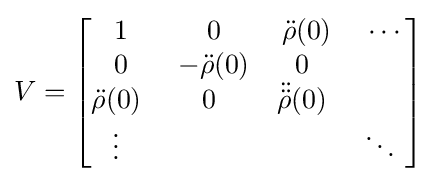
V={\begin{bmatrix}1&0&{\ddot {\rho }}(0)&\cdots \\0&-{\ddot {\rho }}(0)&0\ &\ \\{\ddot {\rho }}(0)\ &0\ &{\ddot {\ddot {\rho }}}(0)\ &\ \\\vdots \ &\ &\ &\ddots \ \\\end{bmatrix}}